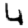
Digit: 4